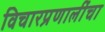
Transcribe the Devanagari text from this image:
विचारप्रणालींचा